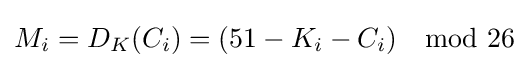
M_{i}=D_{K}(C_{i})=(51-K_{i}-C_{i})\mod {26}